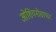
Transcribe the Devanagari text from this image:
ओशियनोग्राफर